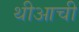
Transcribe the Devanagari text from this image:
थीआची